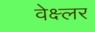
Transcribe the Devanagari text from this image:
वेक्ष्लर